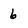
Character: 6